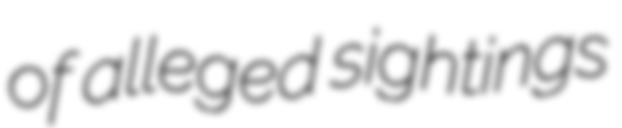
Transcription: of alleged sightings